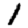
Digit: 1